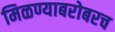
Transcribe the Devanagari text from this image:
मिळण्याबरोबरच